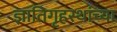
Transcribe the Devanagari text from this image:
ज्ञातिगृहस्थांच्या